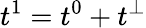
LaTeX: t^{1}=t^{0}+t^{\perp}